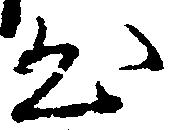
出